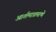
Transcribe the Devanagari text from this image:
आर्शमाप्रमाणे